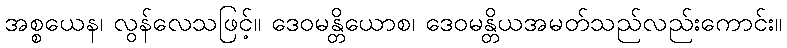
အစ္စယေန၊ လွန်လေသဖြင့်။ ဒေဝမန္တိယောစ၊ ဒေဝမန္တိယအမတ်သည်လည်းကောင်း။